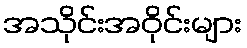
အသိုင်းအဝိုင်းများ